Sanitation, dispensaries and jails vaccination Rajputana 1922-1927 - 1922-1927
Year: 1922
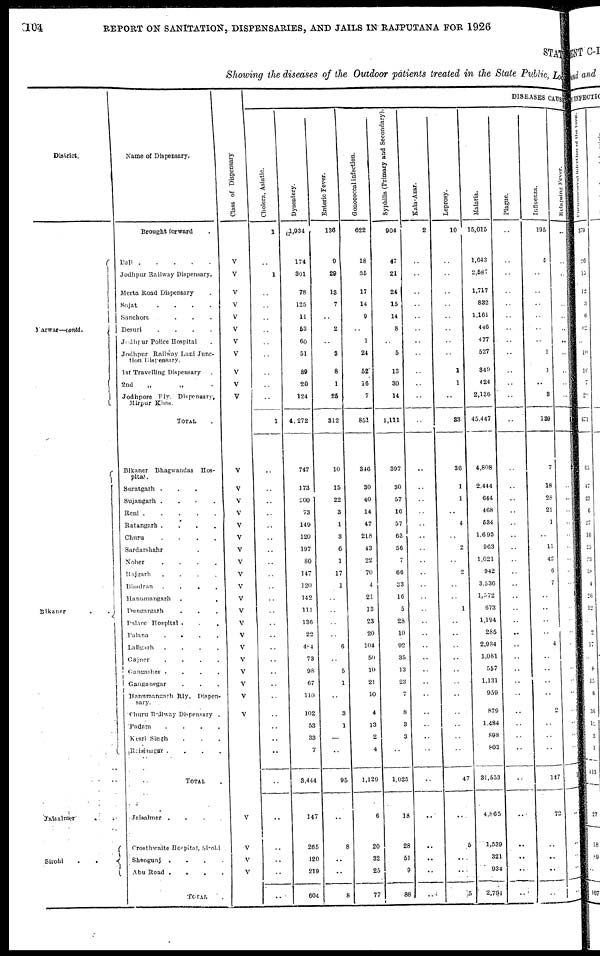
104
REPORT ON SANITATION, DISPENSARIES, AND JAILS IN RAJPUTANA FOR 1926
STATE
Showing the diseases of the Outdoor patients treated in the State Public, Local
District.
Darwar—contd.
Bikaner
Jaisalmer
. .
Sirohi
.
.
Name of Dispensary.
Brought forward
Dali
.
.
.
.
.
Jodhpur Railway Dispensary.
Merta Road Dispensary
Sojat . . . .
Sanchore . . . .
Desuri
.
.
.
.
Jodhpur Police Hospital .
Jodhpur Railway Luni Junc-
tion Dispensary.
1st Travelling Dispensary .
2nd „ „ .
Jodhpore Fly. Dispensary,
Mirpur Khas.
TOTAL .
Bikaner Bhagwandas Hos-
pital.
Suratgarh . . .
Sujangarh
.
.
.
.
Reni
.
.
.
.
Ratangarh
.
.
.
.
Churu
.
.
.
.
Sardarshahr .
Noher
.
.
.
.
Kajgarh
.
.
.
.
Bhadran
.
.
.
.
Hanumangarh . . .
Dungargarh . . .
Palace Hospital . . .
Palana
. . .
Lallgarh
.
.
.
.
Gajner
.
.
.
.
Gangasher
.
.
.
.
Ganganegar . . . .
Hanumangarh
Rly. Dispen-
sary.
Churu Railway Dispensary .
Padam . . . .
Kesri Singh . . .
Raisinagar
.
.
.
.
TOTAL .
Jaisalmer
.
.
.
.
Crosthwaite Hospital, Sirohi
Sheogunj
.
.
.
.
Abu Road
.
.
.
.
TOTAL .
Cl ass of Dis pe ns a r
y
V
V
V
V
V
V
V
V
V
V
V
V
V
V
V
V
V
V
V
V
V
V
V
V
V
V
V
V
V
V
V
..
..
..
V
V
V
V
DISEASES CAUSE
Cholera, Asiatic.
1
..
1
..
..
..
..
..
..
..
..
..
1
..
..
..
..
..
..
..
..
..
..
..
..
..
..
..
..
..
..
..
..
..
..
..
..
..
..
..
..
..
Dysentery.
1,934
174
301
78
125
11
53
60
51
39
20
124
4,272
747
173
200
73
149
120
197
80
147
120
142
111
136
22
484
73
98
67
110
102
53
33
7
3,444
147
265
120
219
604
Enteric Fever.
136
9
29
13
7
..
2
..
3
8
1
25
312
10
15
22
3
1
3
6
1
17
1
..
..
..
..
6
..
5
1
..
3
1
..
..
95
..
8
..
..
8
Gonococcal infection.
622
18
35
17
14
9
..
1
24
52
16
7
851
346
30
40
14
47
218
43
22
70
4
21
13
23
20
104
50
10
21
10
4
13
2
4
1,129
6
20
32
25
77
Syphilis (Primary and Secondary).
904
47
21
24
15
14
8
..
5
13
30
14
1,111
397
30
57
16
57
63
56
7
66
33
16
5
28
10
92
35
13
23
7
8
3
3
..
1,025
18
28
51
9
88
Kala-Azar.
2
..
..
..
..
..
..
..
..
..
..
..
..
..
..
..
..
..
..
..
..
..
..
..
..
..
..
..
..
..
..
..
..
..
..
..
..
..
..
..
..
..
Leprosy.
10
..
..
..
..
..
..
..
..
1
1
..
33
36
1
1
..
4
..
2
..
2
..
..
1
..
..
..
..
..
..
..
..
..
..
..
47
..
5
..
..
5
Malaria.
15,015
1,643
2,587
1,717
832
1,161
446
477
527
349
424
2,136
45,447
4,808
2,444
644
468
534
1,693
963
1,021
942
3,536
1,572
673
1,194
285
2,984
1,081
557
1,131
959
879
1,484
898
803
31,553
4,865
1,539
321
934
2,794
Plague.
..
..
..
..
..
..
..
..
..
..
..
..
..
..
..
..
..
..
..
..
..
..
..
..
..
..
..
..
..
..
..
..
..
..
..
..
..
..
..
..
..
..
I
nf l
uenza.
195
5
..
..
..
..
..
..
1
1
..
3
139
7
18
28
21
1
..
11
42
6
7
..
..
..
..
4
..
..
..
..
2
..
..
..
147
72
..
..
..
..
Relapsing Fever.
..
..
..
..
..
..
..
..
..
..
..
..
..
..
..
..
..
..
..
..
..
..
..
..
..
..
..
..
..
..
..
..
..
..
..
..
1
..
..
..
..
..